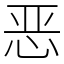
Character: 恶